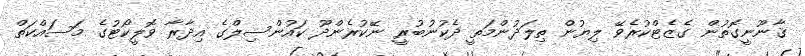
ޤާނޫނީގޮތުން ގެޒެޓްކުރެވޭ ލިޔުން ތިލަދުންމަތީ ދެކުނުބުރީ ނޭކުރެންދޫ ކައުންސިލްގެ އިދާރާ ވޮލީކޯޓުގެ މަސައްކަތް